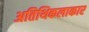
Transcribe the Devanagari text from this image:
अतिथिकलाकार